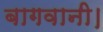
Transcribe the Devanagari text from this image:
बागवानी।